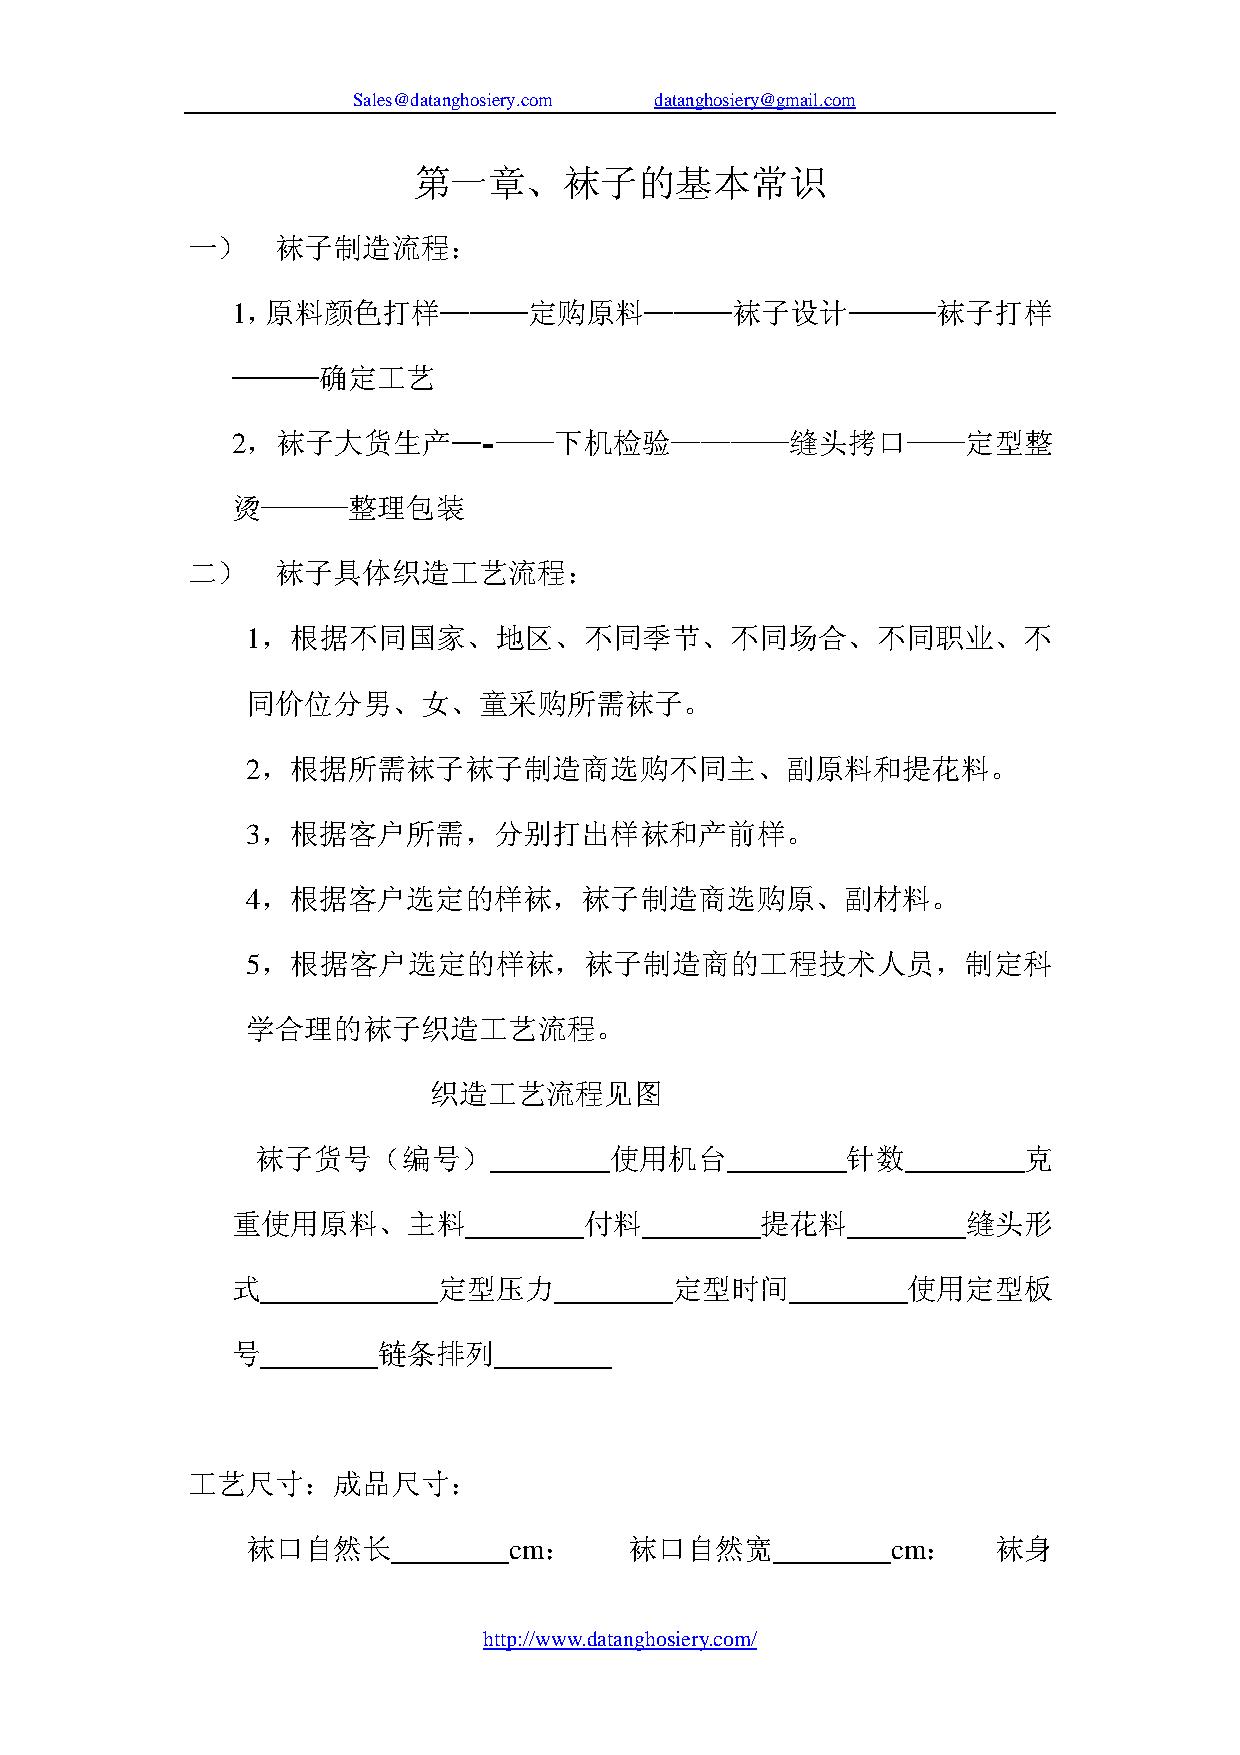
Sales@datanghosiery.com datanghosiery@gmail.com
 第一章、袜子的基本常识
 一）    袜子制造流程：
 1，原料颜色打样───定购原料───袜子设计───袜子打样
 ───确定工艺
 2，袜子大货生产─-——下机检验————缝头拷口——定型整
 烫———整理包装
 二）    袜子具体织造工艺流程：
 1，根据不同国家、地区、不同季节、不同场合、不同职业、不
 同价位分男、女、童采购所需袜子。
 2，根据所需袜子袜子制造商选购不同主、副原料和提花料。
 3，根据客户所需，分别打出样袜和产前样。
 4，根据客户选定的样袜，袜子制造商选购原、副材料。
 5，根据客户选定的样袜，袜子制造商的工程技术人员，制定科
 学合理的袜子织造工艺流程。
 织造工艺流程见图
 袜子货号（编号）               使用机台            针数          克
 重使用原料、主料                付料         提花料           缝头形
 式             定型压力            定型时间           使用定型板
 号         链条排列
 工艺尺寸：成品尺寸：
 袜口自然长             cm：     袜口自然宽            cm：    袜身
 http://www.datanghosiery.com/